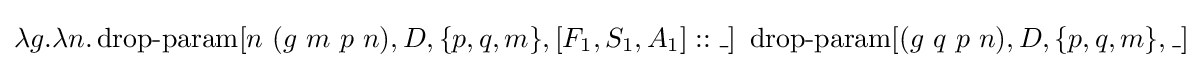
\lambda g.\lambda n.\operatorname {drop-param} [n\ (g\ m\ p\ n),D,\{p,q,m\},[F_{1},S_{1},A_{1}]::\_]\ \operatorname {drop-param} [(g\ q\ p\ n),D,\{p,q,m\},\_]